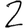
Digit: 2